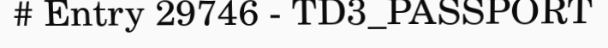
# Entry 29746 - TD3_PASSPORT